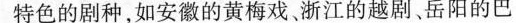
特色的剧种，如安徽的黄梅戏。浙江的越剧、岳阳的巴